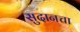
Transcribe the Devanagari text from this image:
सुदानचा